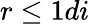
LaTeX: r\leq 1di